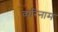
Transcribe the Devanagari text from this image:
व्परिनाम